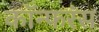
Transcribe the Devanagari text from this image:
कॉन्फरंस